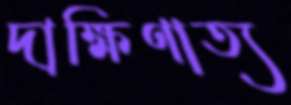
দাক্ষিণাত্য